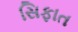
સિફાત